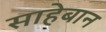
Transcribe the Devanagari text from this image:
साहेबान